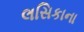
લસિકાના